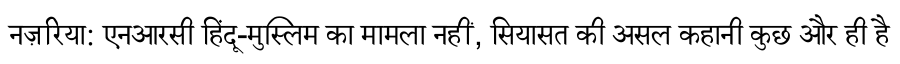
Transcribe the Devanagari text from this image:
नज़रिया: एनआरसी हिंदू-मुस्लिम का मामला नहीं, सियासत की असल कहानी कुछ और ही है